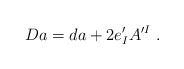
\begin{align*}D a = d a + 2 e'_I A^{\prime I}\ .\end{align*}